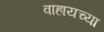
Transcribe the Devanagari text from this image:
वाहायच्या